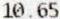
10.65